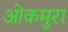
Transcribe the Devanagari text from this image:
ओकमुरा